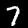
Digit: 7